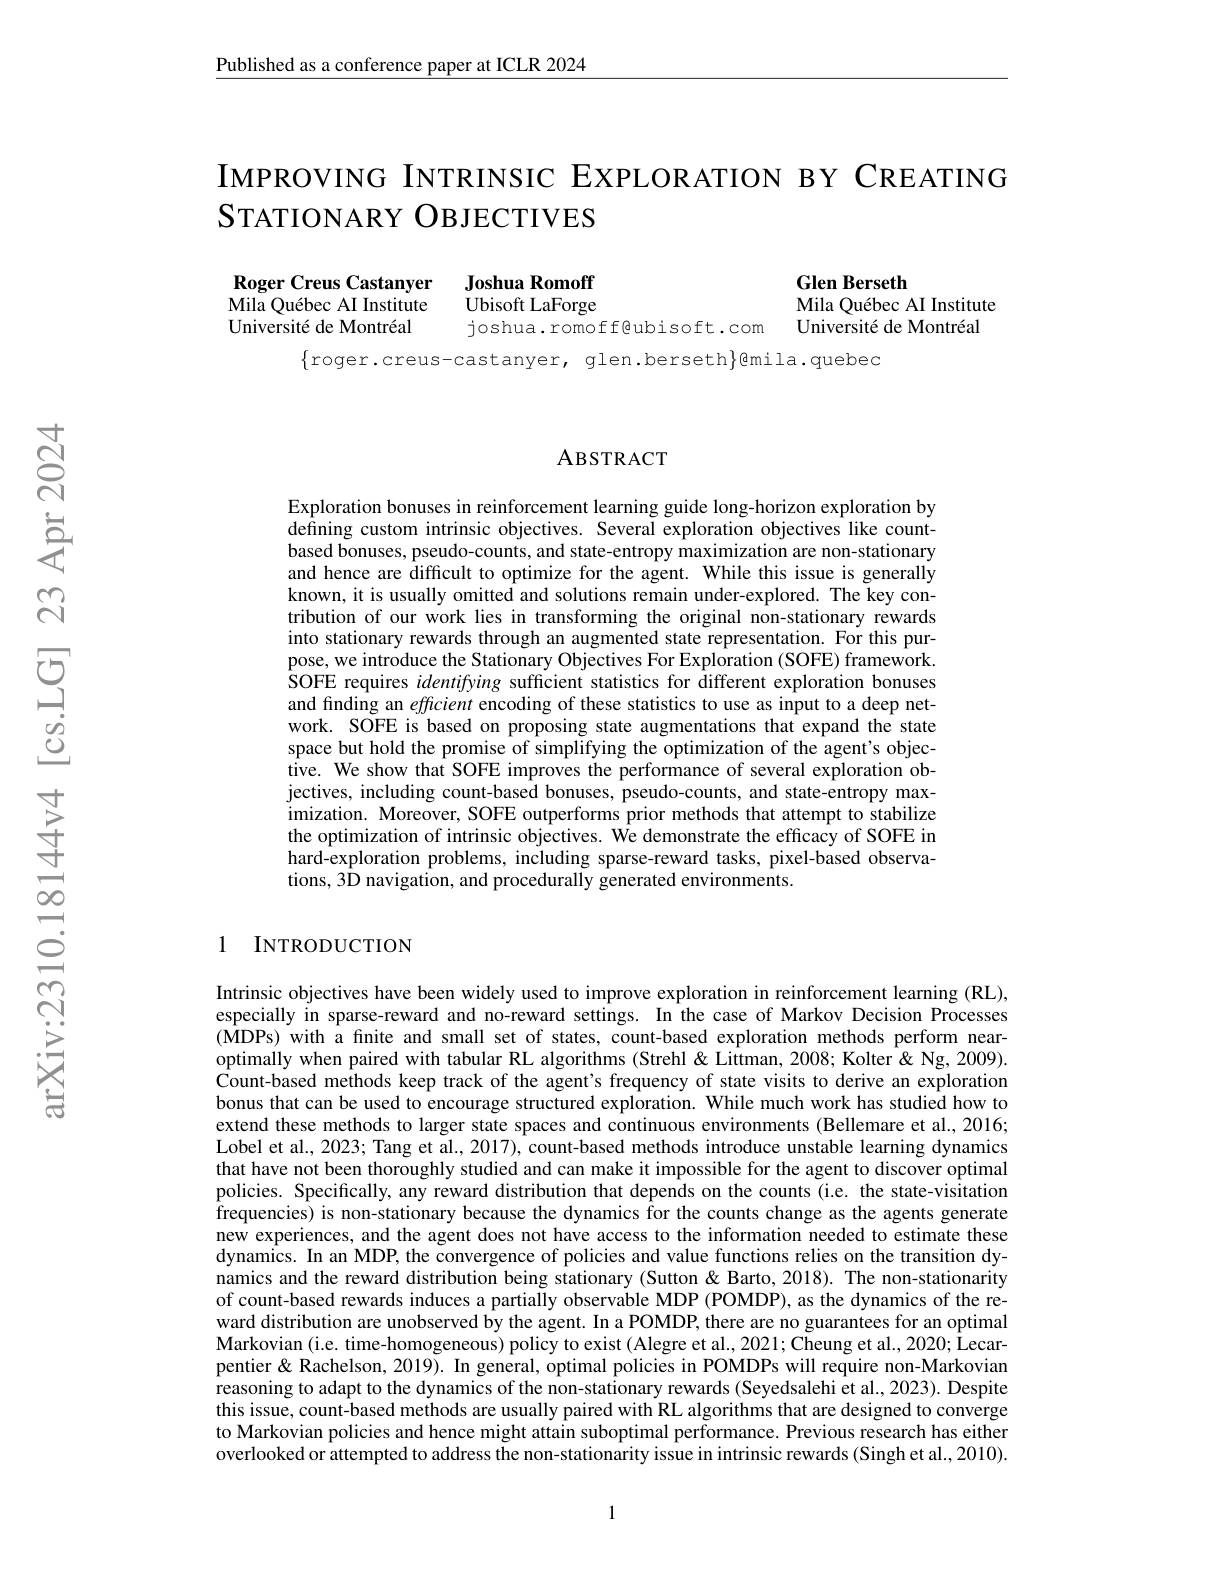
$\underline{\text{Published as a conference paper at ICLR 2024}}$

# IMPROVING INTRINSIC EXPLORATION BY CREATING SтАтIONARY OBJECTIVES

Roger Creus Castanyer Joshua Romoff
Mila Québec AI Institute Université de Montréal

Glen Berseth
Mila Québec AI Institute Université de Montréal

Ubisoft LaForge
joshua.romoff@ubisoft.com
$\{$roger.creus-castanyer, glen.berseth$\}$@mila.quebec

### ABSTRACT

Exploration bonuses in reinforcement learning guide long-horizon exploration by defining custom intrinsic objectives. Several exploration objectives like countbased bonuses, pseudo-counts, and state-entropy maximization are non-stationary and hence are difficult to optimize for the agent. While this issue is generally known, it is usually omitted and solutions remain under-explored. The key contribution of our work lies in transforming the original non-stationary rewards into stationary rewards through an augmented state representation. For this purpose, we introduce the Stationary Objectives For Exploration (SOFE) framework. SOFE requires identifying sufficient statistics for different exploration bonuses and finding an effcient encoding of these statistics to use as input to a deep network. SOFE is based on proposing state augmentations that expand the state space but hold the promise of simplifying the optimization of the agent's objective. We show that SOFE improves the performance of several exploration objectives, including count-based bonuses, pseudo-counts, and state-entropy maximization. Moreover, SOFE outperforms prior methods that attempt to stabilize the optimization of intrinsic objectives. We demonstrate the efficacy of SOFE in hard-exploration problems, including sparse-reward tasks, pixel-based observa- $tions, 3\hat{\mathrm{D}}$ navigation, and procedurally generated environments.

1 INTRODUCTION

Intrinsic objectives have been widely used to improve exploration in reinforcement learning (RL), especially in sparse-reward and no-reward settings. In the case of Markov Decision Processes (MDPs) with a finite and small set of states, count-based exploration methods perform nearoptimally when paired with tabular RL algorithms (Strehl& Littman, 2008; Kolter &Ng, 2009). $\hat{\text{Count-based methods keep track of the agent's frequency of state visits to derive an exploration}}$ bonus that can be used to encourage structured exploration. While much work has studied how to extend these methods to larger state spaces and continuous environments (Bellemare et al., 2016; Lobel et al., 2023; Tang et al., 2017), count-based methods introduce unstable learning dynamics that have not been thoroughly studied and can make it impossible for the agent to discover optimal policies. Specifically, any reward distribution that depends on the counts (i.e. the state-visitation frequencies) is non-stationary because the dynamics for the counts change as the agents generate new experiences, and the agent does not have access to the information needed to estimate these dynamics. In an MDP, the convergence of policies and value functions relies on the transition dynamics and the reward distribution being stationary (Sutton & Barto, 2018). The non-stationarity of count-based rewards induces a partially observable MDP (POMDP), as the dynamics of the reward distribution are unobserved by the agent. In a POMDP, there are no guarantees for an optimal Markovian (i.e. time-homogeneous) policy to exist (Alegre et al., 2021; Cheung et al., 2020; Lecarpentier & Rachelson, 2019). In general, optimal policies in POMDPs will require non-Markovian reasoning to adapt to the dynamics of the non-stationary rewards (Seyedsalehi et al., 2023). Despite this issue, count-based methods are usually paired with RL algorithms that are designed to converge to Markovian policies and hence might attain suboptimal performance. Previous research has either overlooked or attempted to address the non-stationarity issue in intrinsic rewards (Singh et al., 2010).

1